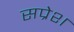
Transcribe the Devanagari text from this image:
सप्रेश